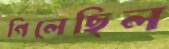
গিলেছিল